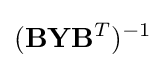
(\mathbf {B} \mathbf {Y} \mathbf {B} ^{T})^{-1}